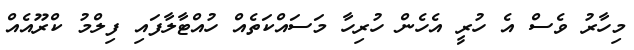
މިހާރު ވެސް އެ ހުރީ އެހެން ހުރިހާ މަސައްކަތެއް ހުއްޓާލާފައި ފިލްމު ކްރޫއެއް